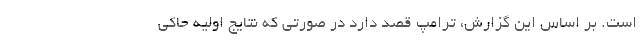
است. بر اساس این گزارش، ترامپ قصد دارد در صورتی که نتایج اولیه حاکی